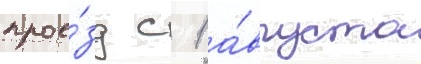
прое́зд с 1 а́вгуста